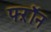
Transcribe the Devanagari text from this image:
फ्ऱॉन